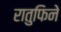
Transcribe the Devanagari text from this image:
रातुफिने